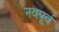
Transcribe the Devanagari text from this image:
नवपूर्व